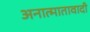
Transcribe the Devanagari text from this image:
अनात्मातावादी